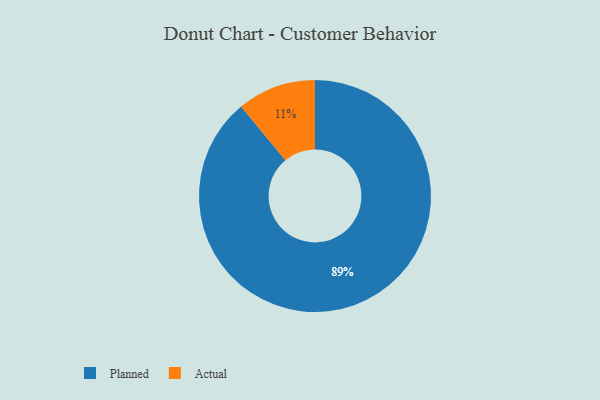
{"axis": {"x": "Category", "y": "Percentage"}, "legend": ["Actual", "Planned"], "data": [{"x": "Planned", "y": 89, "type": "Planned"}, {"x": "Actual", "y": 11, "type": "Actual"}]}